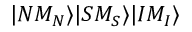
| N M _ { N } \rangle | S M _ { S } \rangle | I M _ { I } \rangle